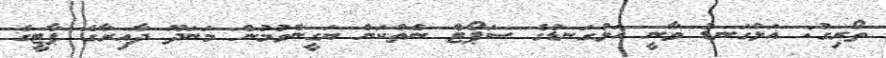
ތޯރިގު: އަޅުގަނޑު ވާނީ އަޅުގަނޑުގެ ސަޕޯޓް ނެތްކަން ޔަގީންވުމުން މަނަދޫ ދާއިރާގެ ޕާޓީގެ